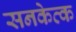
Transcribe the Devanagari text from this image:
सनकेत्क